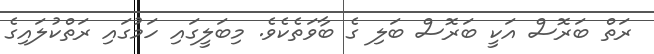
ރަތް ބަރޮސް އަކީ ބަރޮސް ބަލި ގެ ބާވަތެކެވެ. މިބަލީގައި ހަމުގައި ރަތްކުލައިގެ